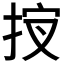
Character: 𰓣